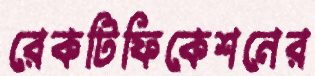
রেকটিফিকেশনের